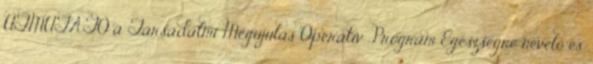
ÚTMUTATÓ a Társadalmi Megújulás Operatív Program Egészségre nevelő és